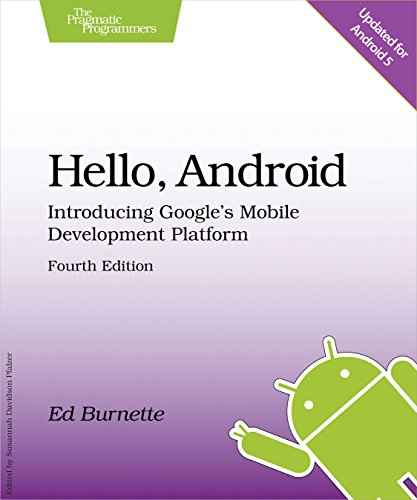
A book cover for Hello, Android: Introducing Google's Mobile Development Platform; Ed Burnette; Computers & Technology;